Annual report of the Madras Medical College
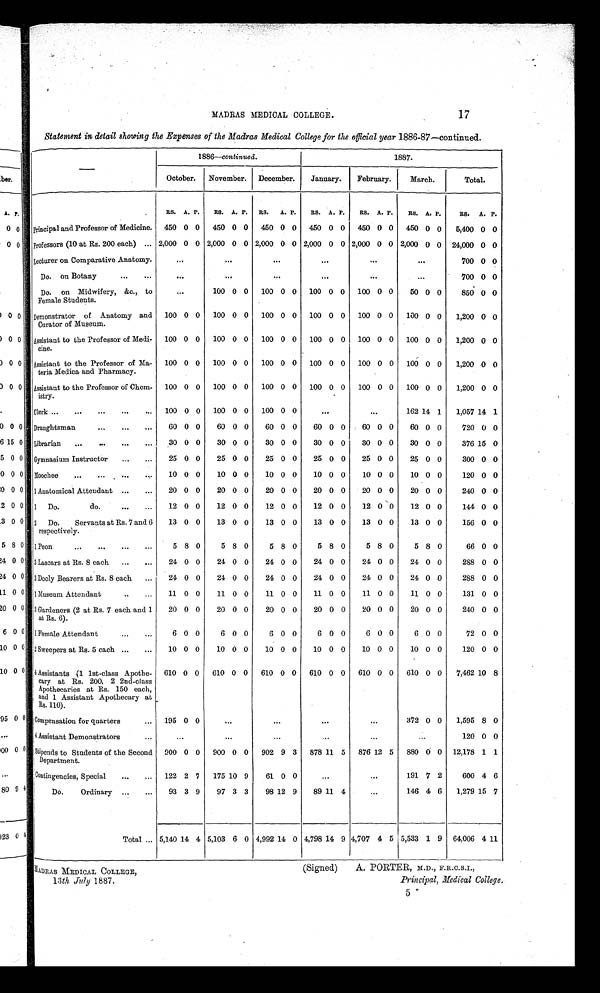
MADRAS MEDICAL COLLEGE,
13 th July 1887.
(Signed) A. PORTER, M.D., F.R.C.S.I.,
Principal, Medical College.
17
MADRAS MEDICAL COLLEGE.
Statement in detail showing the Expenses of the Madras Medical College for the official year 1886–87—continued.
—
1886—continued.
1887.
October. November. December.
January.
February.
March.
Total.
RS. A. P.
RS. A. P. RS. A. P.
RS. A. P.
RS. A. P.
RS. A. P.
RS. A. P.
Principal and Professor of Medicine. 450 0 0 450 0 0 450 0 0 450 0 0 450 0 0 450 0 0
5,400 0 0
Professors (10 at Rs. 200 each) ... 2,000 0 0 2,000 0 0 2,000 0 0 2,000 0 0 2,000 0 0 2,000 0 0 24,000 0 0
Lecturer on Comparative Anatomy.
...
...
...
...
...
...
700 0 0
Do. on Botany
...
...
...
...
...
...
...
...
700 0 0
Do. on Midwifery, &c., to
Female Students.
...
100 0 0 100 0 0 100 0 0 100 0 0
50 0 0
850 0 0
Demonstrator of Anatomy and
Curator of Museum.
100 0 0 100 0 0 100 0 0 100 0 0 100 0 0 100 0 0
1,200 0 0
Assistant to the Professor of Medi-
ci ne.
100 0 0 100 0 0 100 0 0 100 0 0 100 0 0 100 0 0
1,200 0 0
Assistant to the Professor of Ma-
teria Medica and Pharmacy.
100 0 0 100 0 0 100 0 0 100 0 0 100 0 0 100 0 0
1,200 0 0
Assistant to the Professor of Chem-
istry.
100 0 0 100 0 0 100 0 0 100 0 0 100 0 0 100 0 0
1,200 0 0
Clerk ...
...
...
...
... 100 0 0 100 0 0 100 0 0
...
...
162 14 1
1,057 14 1
Draughtsman
...
...
...
60 0 0
60 0 0
60 0 0
60 0 0
60 0 0
60 0 0
720 0 0
Librarian ...
...
...
...
30 0 0
30 0 0
30 0 0
30 0 0
30 0 0
30 0 0
376 15 0
Gymnasium Instructor
...
...
25 0 0
25 0 0
25 0 0
25 0 0
25 0 0
25 0 0
300 0 0
Moochee
...
...
...
...
10 0 0
10 0 0
10 0 0
10 0 0
10 0 0
10 0 0
120 0 0
1 Anatomical Attendant ...
...
20 0 0
20 0 0
20 0 0
20 0 0
20 0 0
20 0 0
240 0 0
1 Do. do.
. . .
...
12 0 0
12 0 0
12 0 0
12 0 0
12 0 0
12 0 0
144 0 0
2 Do. Servants at Rs. 7 and 6
respectively.
13 0 0
13 0 0
13 0 0
13 0 0
13 0 0
13 0 0
156 0 0
1 Peon
...
...
...
...
5 8 0
5 8 0
5 8 0
5 8 0
5 8 0
5 8 0
66 0 0
3 Lascars at Rs. 8 each ... ...
24 0 0
24 0 0
24 0 0
24 0 0
24 0 0
24 0 0
288 0 0
3 Dooly Bearers at Rs. 8 each
...
24 0 0
24 0 0
24 0 0
24 0 0
24 0 0
24 0 0
288 0 0
1 Museum Attendant
. . .
...
11 0 0
11 0 0
11 0 0
11 0 0
11 0 0
11 0 0
131 0 0
3 Gardeners (2 at Rs. 7 each and 1
at Rs. 6).
20 0 0
20 0 0
20 0 0
20 0 0
20 0 0
20 0 0
240 0 0
1 Female Attendant
...
...
6 0 0
6 0 0
6 0 0
6 0 0
6 0 0
6 0 0
72 0 0
2 Sweepers at Rs. 5 each ...
...
10 0 0
10 0 0
10 0 0
10 0 0
10 0 0
10 0 0
120 0 0
4 Assistants (1 1st-class Apothe-
cary at Rs. 200, 2 2nd-class
Apothecaries at Rs. 150 each,
and 1 Assistant Apothecary at
Rs. 110).
610 0 0 610 0 0 610 0 0 610 0 0 610 0 0 610 0 0
7,462 10 8
Compensation for quarters
... 195 0 0
...
...
...
...
372 0 0
1,595 8 0
4 Assistant Demonstrator
...
...
...
...
...
...
...
120 0 0
Stipends to Students of the Second
Department.
900 0 0 900 0 0 902 9 3 878 11 5 876 12 5 880 0 0 12,178 1 1
Contingencies, Special
...
... 122 2 7 175 10 9
61 0 0
...
...
191 7 2
600 4 6
Do. Ordinary ...
...
93 3 9
97 3 3
98 12 9
89 11
4
...
146 4 6
1,279 15 7
Total ... 5,140 14 4 5,103 6 0 4,992 14 0 4,798 14 9 4,707 4 5 5,533 1 9 64,006 4 11
5